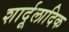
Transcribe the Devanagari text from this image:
शार्दूलादिक